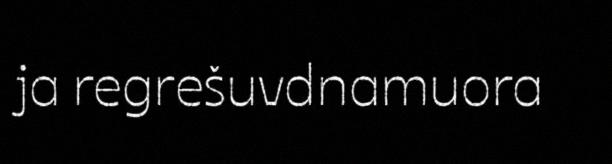
ja regrešuvdnamuora